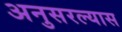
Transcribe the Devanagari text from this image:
अनुसरल्यास